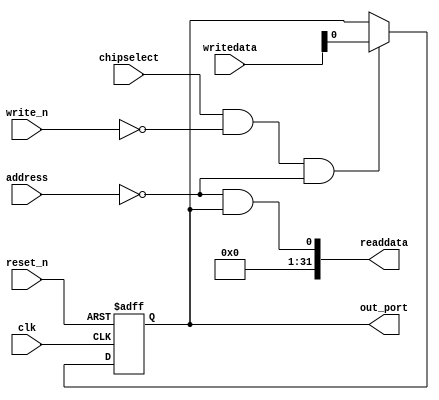
module de2_115_WEB_Qsys_sma_out (
                                  // inputs:
                                   address,
                                   chipselect,
                                   clk,
                                   reset_n,
                                   write_n,
                                   writedata,

                                  // outputs:
                                   out_port,
                                   readdata
                                )
;

  output           out_port;
  output  [ 31: 0] readdata;
  input   [  1: 0] address;
  input            chipselect;
  input            clk;
  input            reset_n;
  input            write_n;
  input   [ 31: 0] writedata;

  wire             clk_en;
  reg              data_out;
  wire             out_port;
  wire             read_mux_out;
  wire    [ 31: 0] readdata;
  assign clk_en = 1;
  //s1, which is an e_avalon_slave
  assign read_mux_out = {1 {(address == 0)}} & data_out;
  always @(posedge clk or negedge reset_n)
    begin
      if (reset_n == 0)
          data_out <= 0;
      else if (chipselect && ~write_n && (address == 0))
          data_out <= writedata;
    end


  assign readdata = {{{32- 1}{1'b0}},read_mux_out};
  assign out_port = data_out;

endmodule